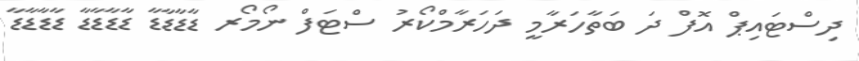
ދިސްޓައިޕް އޮފް ދަ ބަތާހަރާމީ ދަހަރާމްކޯރު ސްޓަފް ނޯމޯރ ޑާޑާޑާޑާ ޑާޑާޑާޑާ ޑާޑާޑާޑާ